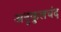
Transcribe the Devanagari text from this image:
अनुकुलचंद